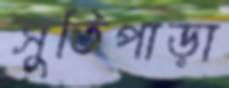
সুতিপাড়া